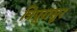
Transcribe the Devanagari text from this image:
त्रिपूरासुर